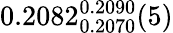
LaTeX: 0.2082_{0.2070}^{0.2090}(5)